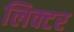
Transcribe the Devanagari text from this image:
लिक्टर